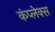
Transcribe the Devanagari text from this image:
कंप्लेक्स